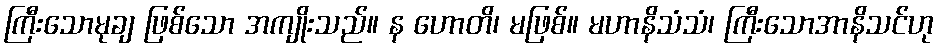
ကြီးသောမုချ ဖြစ်သော အကျိုးသည်။ န ဟောတိ၊ မဖြစ်။ မဟာနိသံသံ၊ ကြီးသောအာနိသင်ဟု